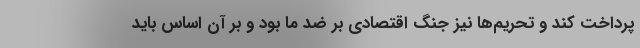
پرداخت کند و تحریم‌ها نیز جنگ اقتصادی بر ضد ما بود و بر آن اساس باید